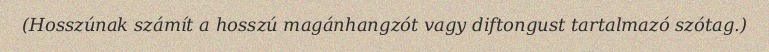
(Hosszúnak számít a hosszú magánhangzót vagy diftongust tartalmazó szótag.)